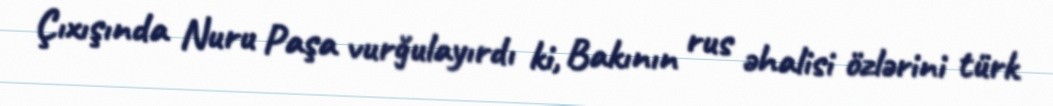
Çıxışında Nuru Paşa vurğulayırdı ki, Bakının rus əhalisi özlərini türk